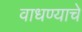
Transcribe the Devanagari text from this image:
वाधण्याचे